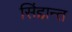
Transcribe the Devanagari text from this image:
सिंद्दान्त